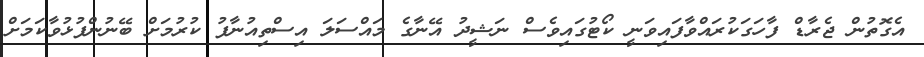
އެގޮތުން ޖެރާޑް ފާހަގަކުރައްވާފައިވަނީ ކޯޓުގައިވެސް ނަޝީދު އޭނާގެ މައްސަލަ އިސްތިއުނާފު ކުރުމަށް ބޭނުންފުޅުވާކަމަށް